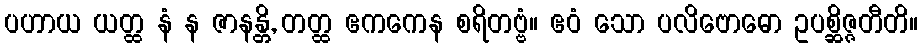
ပဟာယ ယတ္ထ နံ န ဇာနန္တိ, တတ္ထ ဧကကေန စရိတဗ္ဗံ။ ဧဝံ သော ပလိဗောဓော ဥပစ္ဆိဇ္ဇတီတိ။